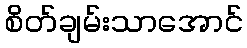
စိတ်ချမ်းသာအောင်